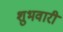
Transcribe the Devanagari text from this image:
शुभवारी